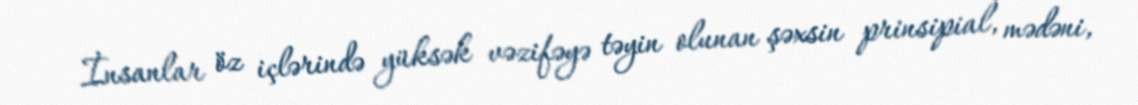
İnsanlar öz içlərində yüksək vəzifəyə təyin olunan şəxsin prinsipial, mədəni,